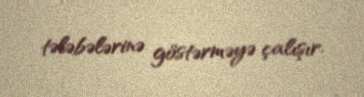
tələbələrinə göstərməyə çalışır.